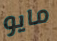
مايو